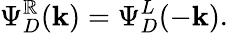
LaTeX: \Psi_{D}^{\mathbb{R}}(\mathbf{{k}})=\Psi_{D}^{L}(-\mathbf{{k}}).